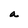
Character: a